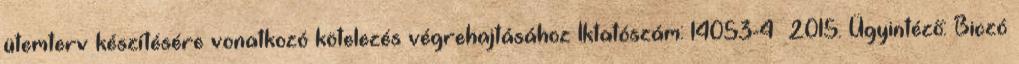
ütemterv készítésére vonatkozó kötelezés végrehajtásához Iktatószám: 14053-4 2015. Ügyintéző: Biczó